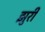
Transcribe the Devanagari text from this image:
झुरी